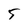
Character: 5